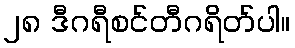
၂၈ ဒီဂရီစင်တီဂရိတ်ပါ။